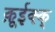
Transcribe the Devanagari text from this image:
क़ूईक्क्